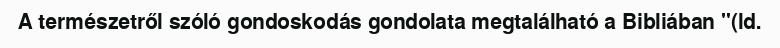
A természetről szóló gondoskodás gondolata megtalálható a Bibliában "(ld.